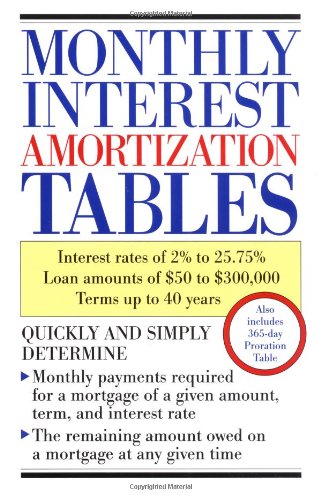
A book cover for Monthly Interest Amortization Tables; Delphi; Business & Money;